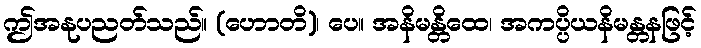
ဤအနုပညတ်သည်။ (ဟောတိ)၊ ပေ။ အနိမန္တိထေ၊ အကပ္ပိယနိမန္တနဖြင့်